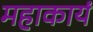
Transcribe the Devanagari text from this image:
महाकायं